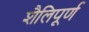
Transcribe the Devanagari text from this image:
शैलिपूर्ण